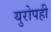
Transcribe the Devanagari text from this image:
युरोपही